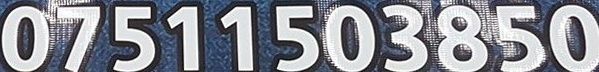
07511503850